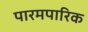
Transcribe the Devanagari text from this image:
पारमपारिक